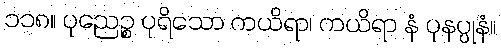
၁၁၈။ ပုညေဉ္စ ပုရိသော ကယိရာ၊ ကယိရာ နံ ပုနပ္ပုနံ။